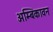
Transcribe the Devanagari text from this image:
अम्बिकावन